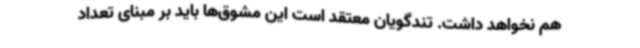
هم نخواهد داشت. تندگویان معتقد است این مشوق‌ها باید بر مبنای تعداد